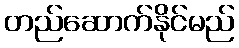
တည်ဆောက်နိုင်မည်